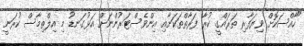
"ހާއްސަކޮށް ވިޔަފާރި ތަރައްގީ ކުރާ ފަރާތްތަކަށާއި އިންވެސްޓަރުންނަށް އަޅުގަނޑު މި އިލްތިމާސް ކުރަނީ